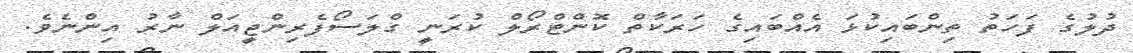
ދުލުގެ ފަހަތު ތިންބައިކުޅަ އެއްބައިގެ ހަރަކާތް ކޮންޓްރޯލް ކުރަނީ ގްލަސޯފެރިންޖީއަލް ނާރު އިންނެވެ.